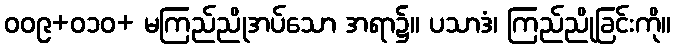
ဝဝ၉+၀၁ဝ+ မကြည်ညိုအပ်သော အရာ၌။ ပသာဒံ၊ ကြည်ညိုခြင်းကို။